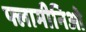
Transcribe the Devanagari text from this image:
फ्लामीनिओ